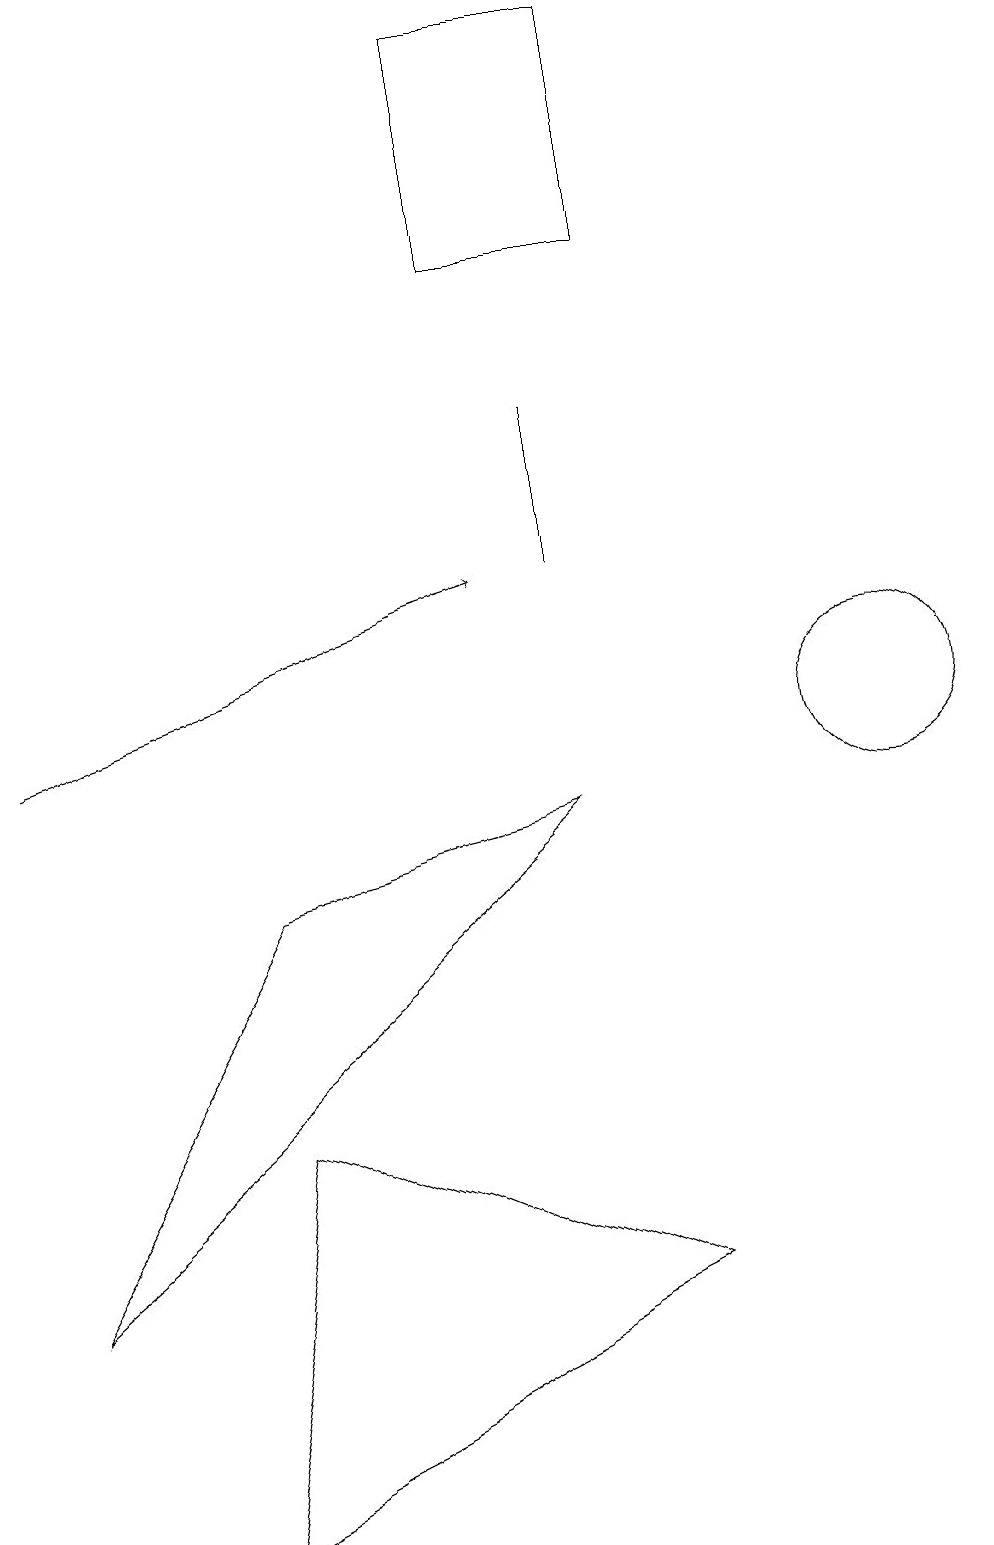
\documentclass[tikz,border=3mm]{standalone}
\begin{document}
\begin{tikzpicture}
\draw (8,3) -- (2,0) -- (3,5) -- cycle;
\draw (7,9) -- (3,8) -- (0,3) -- cycle;
\draw[->] (0,10) -- (6,12);
\draw (7,12) rectangle (7,14);
\draw (11,10) circle (1);
\draw (8,19) rectangle (6,16);
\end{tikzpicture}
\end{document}